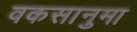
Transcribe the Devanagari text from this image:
वकसानुमा